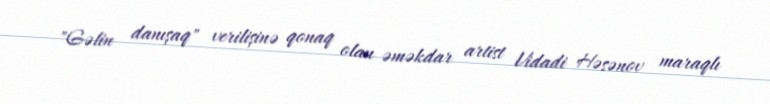
"Gəlin danışaq" verilişinə qonaq olan əməkdar artist Vidadi Həsənov maraqlı